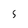
Character: s